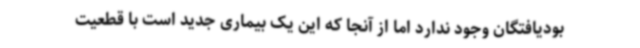
بودیافتگان وجود ندارد اما از آنجا که این یک بیماری جدید است با قطعیت